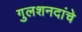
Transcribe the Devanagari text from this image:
गुलशनदांचे